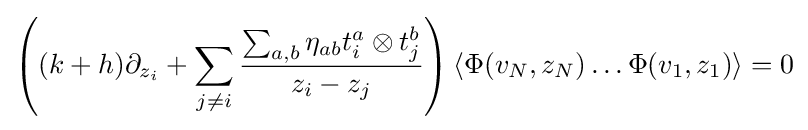
\left((k+h)\partial _{z_{i}}+\sum _{j\neq i}{\frac {\sum _{a,b}\eta _{ab}t_{i}^{a}\otimes t_{j}^{b}}{z_{i}-z_{j}}}\right)\left\langle \Phi (v_{N},z_{N})\dots \Phi (v_{1},z_{1})\right\rangle =0